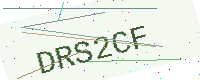
Text: DRS2CF